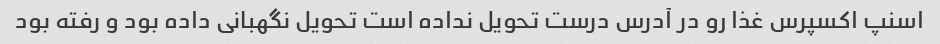
اسنپ اکسپرس غذا رو در آدرس درست تحویل نداده است تحویل نگهبانی داده بود و رفته بود